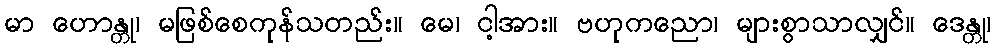
မာ ဟောန္တု၊ မဖြစ်စေကုန်သတည်း။ မေ၊ ငါ့အား။ ဗဟုကညော၊ များစွာသာလျှင်။ ဒေန္တု၊